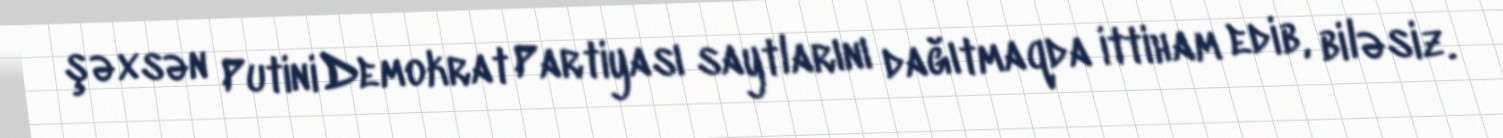
şəxsən Putini Demokrat Partiyası saytlarını dağıtmaqda ittiham edib, biləsiz.